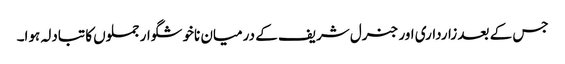
جس کے بعد زارداری اور جنرل شریف کے درمیان ناخوشگوار جملوں کا تبادلہ ہوا۔